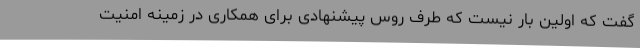
گفت که اولین بار نیست که طرف روس پیشنهادی برای همکاری در زمینه امنیت